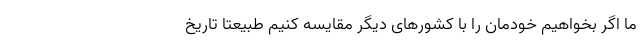
ما اگر بخواهیم خودمان را با کشورهای دیگر مقایسه کنیم طبیعتا تاریخ